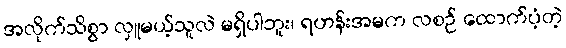
အလိုက်သိစွာ လှူမယ့်သူလဲ မရှိပါဘူး၊ ရဟန်းအမက လစဉ် ထောက်ပံ့တဲ့